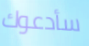
سأدعوك